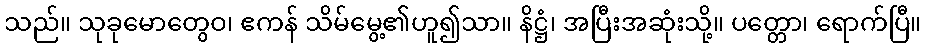
သည်။ သုခုမောတွေဝ၊ ဧကန် သိမ်မွေ့၏ဟူ၍သာ။ နိဋ္ဌံ၊ အပြီးအဆုံးသို့။ ပတ္တော၊ ရောက်ပြီ။